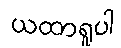
ယထာရူပါ